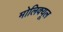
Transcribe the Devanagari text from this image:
मोलिक्यूल